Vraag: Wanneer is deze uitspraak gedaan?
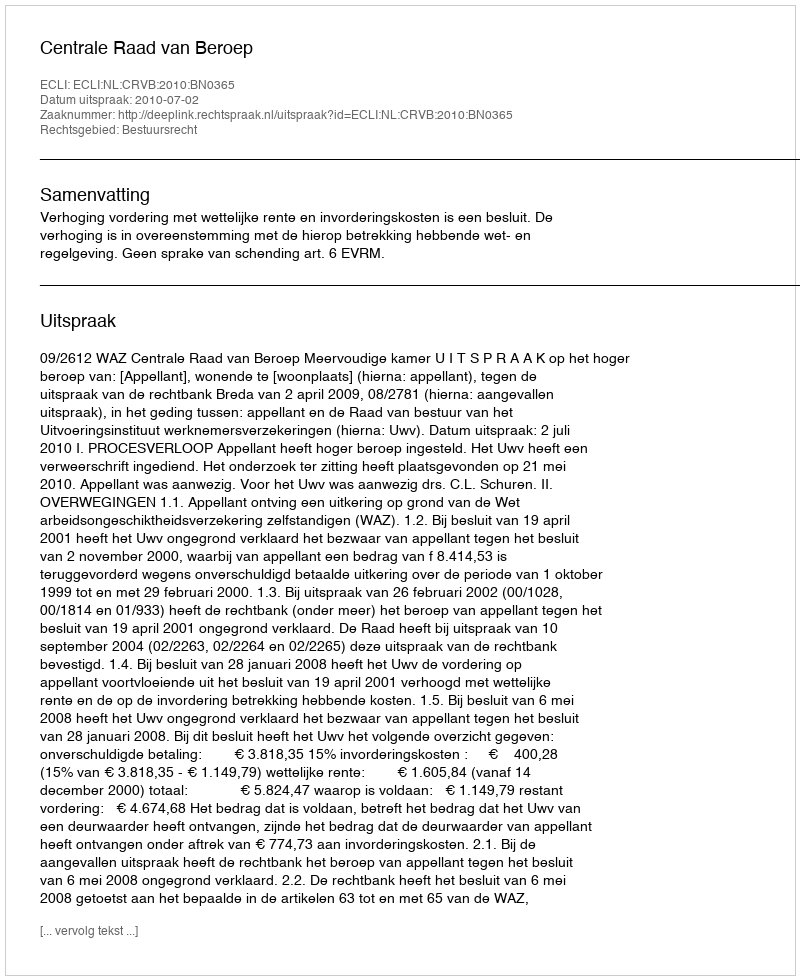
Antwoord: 2010-07-02